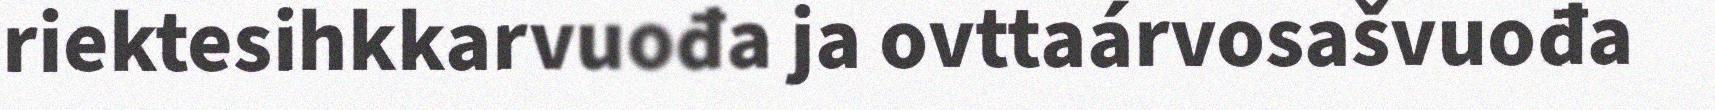
riektesihkkarvuođa ja ovttaárvosašvuođa